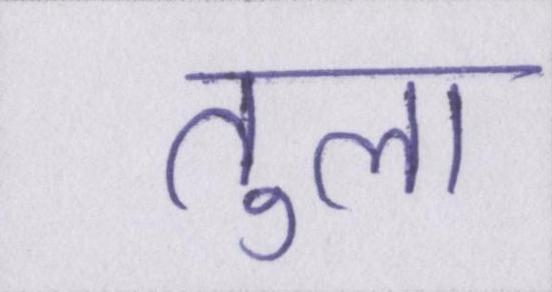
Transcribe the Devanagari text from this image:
तुला